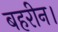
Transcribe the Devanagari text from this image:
बहरीन।